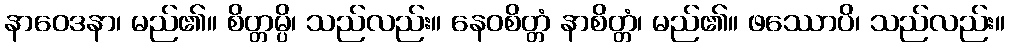
နာဝေဒနာ၊ မည်၏။ စိတ္တမ္ပိ၊ သည်လည်း။ နေဝစိတ္တံ နာစိတ္တံ၊ မည်၏။ ဖဿောပိ၊ သည်လည်း။